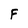
Character: F